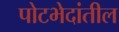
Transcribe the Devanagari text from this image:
पोटभेदांतील